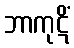
ဘာကုဋိံ